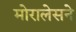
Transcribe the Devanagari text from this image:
मोरालेसने